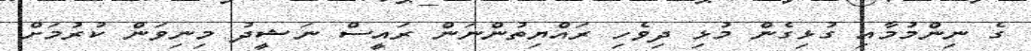
ގެ ނިންމުމާއި ގުޅިގެން މުޅި ދިވެހި ރައްޔިތުންނަން ރައީސް ނަޝީދު މިނިވަން ކުރުމަށް